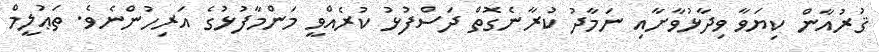
ޤުރުއާން ކިޔަވާ ވިދާޅުވާށާއި ނަމާދު ކުރާނެގޮތް ދަސްފުޅު ކުރެއްވީ މަންމާފުޅުގެ އަރިހުންނެވެ. ތަޢުލީމް